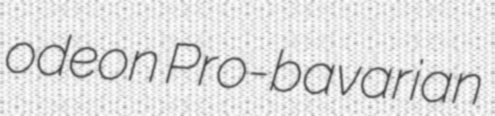
odeon Pro-bavarian